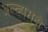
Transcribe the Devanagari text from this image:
अल्व्हारादो